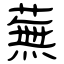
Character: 蕪